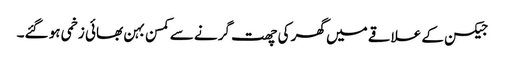
جیکسن کے علاقے میں گھر کی چھت گرنے سے کمسن بہن بھائی زخمی ہو گئے۔